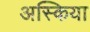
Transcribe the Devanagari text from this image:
अस्किया